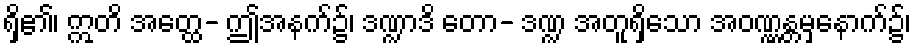
ရှိ၏၊ ဣတိ အတ္ထေ- ဤအနက်၌၊ ဒဏ္ဍာဒိ တော- ဒဏ္ဍ အတူရှိသော အဝဏ္ဏန္တမှနောက်၌၊